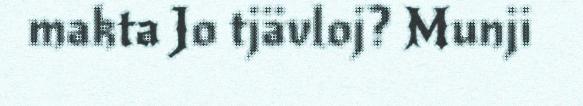
makta Jo tjävloj? Munji